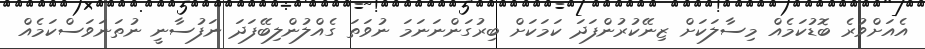
އެއަށްވުރެ ބޮޑުކަމެއް މިސާލަކަށް ޒިނޭކުރުންފަދަ ކަމަކަށް ބިރުގަންނަނަމަ ނުވަތަ ގެއްލުންލިބޭފަދަ ނަފުސާނީ ނުތަނަވަސްކަމެއް